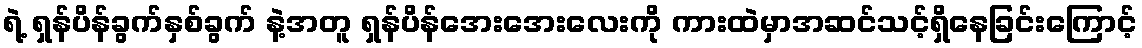
ရဲ့ ရှန်ပိန်ခွက်နှစ်ခွက် နဲ့အတူ ရှန်ပိန်အေးအေးလေးကို ကားထဲမှာအဆင်သင့်ရှိနေခြင်းကြောင့်